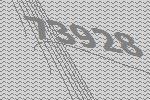
73928